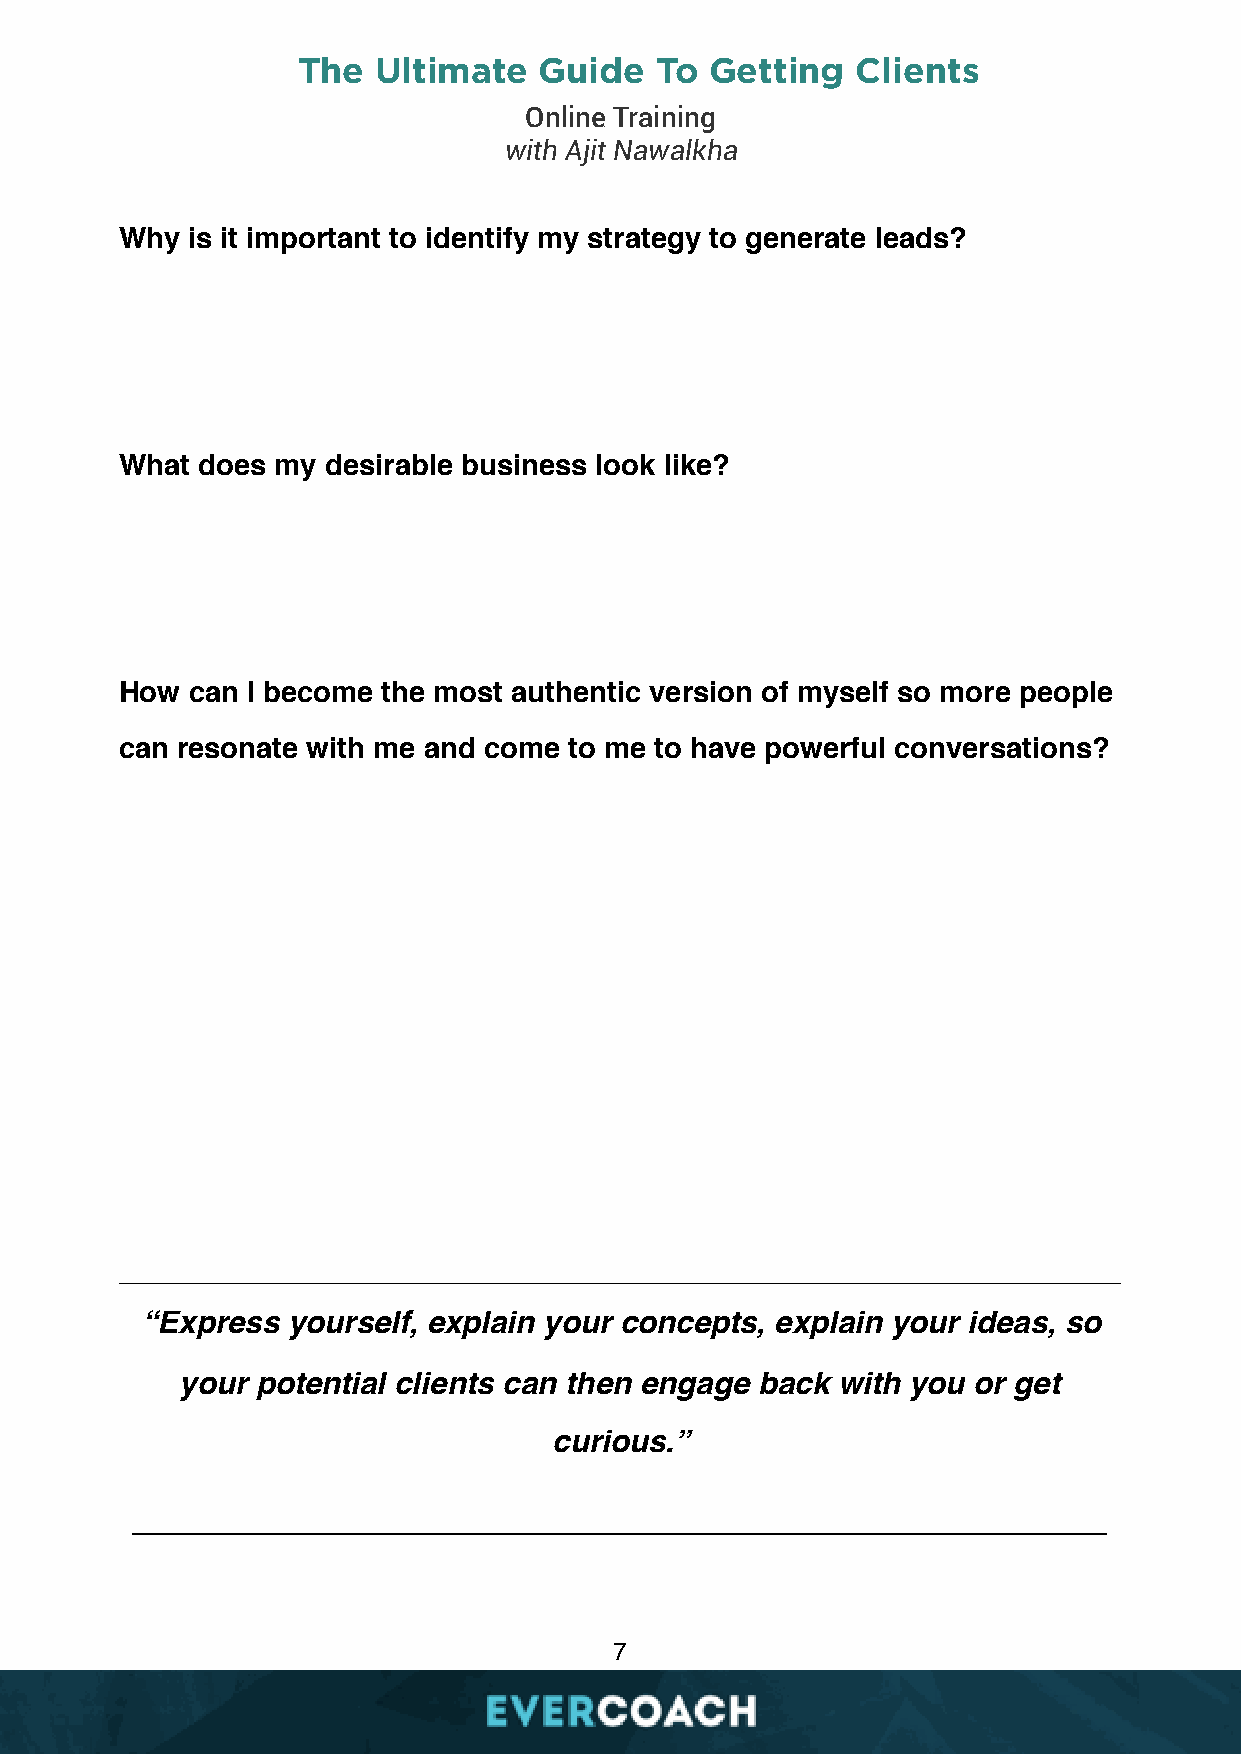
The  Ultimate   Guide  To  Getting   Clients
 Online Training
 with Ajit Nawalkha
 Why is it important to identify my strategy to generate leads?
 What does my desirable business look like?
 How can I become the most authentic version of myself so more people
 can resonate with me and come to me to have powerful conversations?
 ________________________________________________________________________
 “Express  yourself, explain your concepts, explain your ideas, so
 your potential clients can then engage back with you or get
 curious.”
 ________________________________________________________
 7